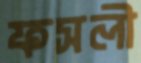
ফসলী